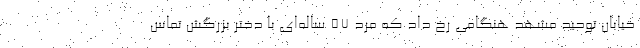
خیابان توحید مشهد هنگامی رخ داد که مرد ۵۷ ساله‌ای با دختر بزرگش تماس